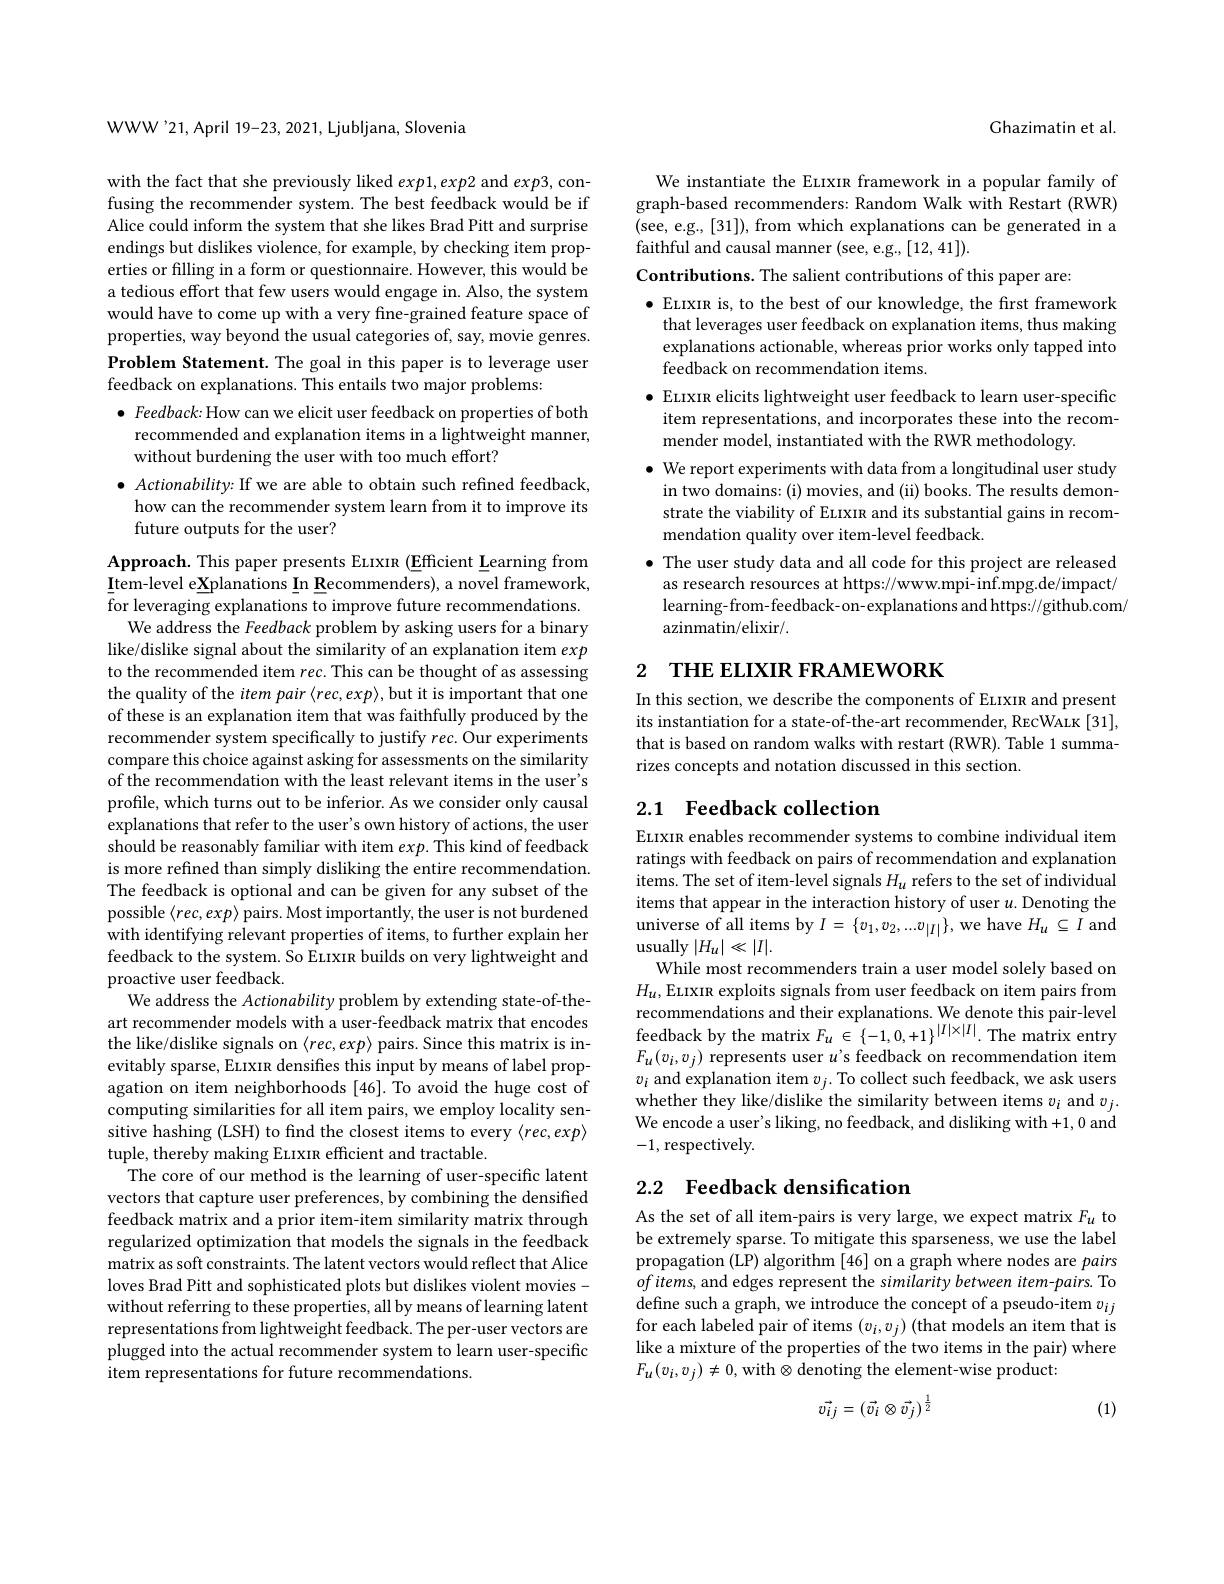
WWW'21, April 19-23, 2021, Ljubljana, Slovenia

with the fact that she previously liked $exp1,exp2$ and $exp3$,confusing the recommender system. The best feedback would be if Alice could inform the system that she likes Brad Pitt and surprise endings but dislikes violence, for example, by checking item properties or filling in a form or questionnaire. However, this would be a tedious effort that few users would engage in. Also, the system would have to come up with a very fine-grained feature space of properties, way beyond the usual categories of, say, movie genres. Problem Statement. The goal in this paper is to leverage user feedback on explanations. This entails two major problems:
$\bullet$ Feedback: How can we elicit user feedback on properties of both recommended and explanation items in a lightweight manner, without burdening the user with too much effort?
$\bullet$ Actionability: If we are able to obtain such refined feedback,
how can the recommender system learn from it to improve its
future outputs for the user?

Approach. This paper presents ELIXIR (Efficient Learning from $\underline{{\mathrm{Item-level~eXplanations~In~Recommenders),~a~novel~framework,}}}$ for leveraging explanations to improve future recommendations.
We address the Feedback problem by asking users for a binary like/dislike signal about the similarity of an explanation item exp to the recommended item rec. This can be thought of as assessing the quality of the item pair $\langle rec,exp\rangle$,but it is important that one of these is an explanation item that was faithfully produced by the recommender system specifically to justify rec. Our experiments compare this choice against asking for assessments on the similarity of the recommendation with the least relevant items in the user's profile, which turns out to be inferior. As we consider only causal explanations that refer to the user's own history of actions, the user should be reasonably familiar with item $exp.$ This kind of feedback is more refined than simply disliking the entire recommendation. The feedback is optional and can be given for any subset of the possible $\langle rec,exp\rangle$ pairs. Most importantly, the user is not burdened with identifying relevant properties of items, to further explain her feedback to the system. So Eurxın builds on very lightweight and proactive user feedback.
We address the Actionability problem by extending state-of-theart recommender models with a user-feedback matrix that encodes the like/dislike signals on $\langle rec,exp\rangle$ pairs. Since this matrix is inevitably sparse, ELIXIR densifies this input by means of label propagation on item neighborhoods [46]. To avoid the huge cost of computing similarities for all item pairs, we employ locality sensitive hashing (LSH) to find the closest items to every $\langle rec,exp\rangle$ tuple, thereby making ELIXIR efficient and tractable.
The core of our method is the learning of user-specific latent vectors that capture user preferences, by combining the densified feedback matrix and a prior item-item similarity matrix through regularized optimization that models the signals in the feedback matrix as soft constraints. The latent vectors would reflect that Alice loves Brad Pitt and sophisticated plots but dislikes violent movies - without referring to these properties, all by means of learning latent representations from lightweight feedback. The per-user vectors are plugged into the actual recommender system to learn user-specific item representations for future recommendations.

Ghazimatin et al.

We instantiate the Euxın framework in a popular family of graph-based recommenders: Random Walk with Restart (RWR) (see, e.g., [31]), from which explanations can be generated in a faithful and causal manner (see, e.g., [12, 41]).
Contributions. The salient contributions of this paper are:
$\bullet$ ELIXIR is, to the best of our knowledge, the first framework that leverages user feedback on explanation items, thus making explanations actionable, whereas prior works only tapped into feedback on recommendation items.
$\bullet$ Euxın elicits lightweight user feedback to learn user-specific item representations, and incorporates these into the recommender model, instantiated with the RWR methodology.
$\bullet$ We report experiments with data from a longitudinal user study
in two domains: (i) movies, and (ii) books. The results demonstrate the viability of ELIXIR and its substantial gains in recommendation quality over item-level feedback.
$\bullet$ The user study data and all code for this project are released as research resources at https://www.mpi-inf.mpg.de/impact/ learning-from-feedback-on-explanations and https://github.com/ azinmatin/elixir/.

## 2 ТНЕ ЕШХIR FRAМЕWORK

In this section, we describe the components of ELIXIR and present its instantiation for a state-of-the-art recommender, RECWALK [31], that is based on random walks with restart (RWR). Table 1 summarizes concepts and notation discussed in this section.

## 2.1 Feedback collection

Euxın enables recommender systems to combine individual item ratings with feedback on pairs of recommendation and explanation items. The set of item-level signals $H_u$ refers to the set of individual items that appear in the interaction history of user $u.$ Denoting the universe of all items by $I=\{v_1,v_2,...v_{|I|}\}$,we have $H_u\subseteq I$ and usually $|H_u|\ll|I|.$
While most recommenders train a user model solely based on $H_u$,ELIXIR exploits signals from user feedback on item pairs from recommendations and their explanations. We denote this pair-level feedback by the matrix $F_u\in\{-1,0,+1\}^{|I|\times|I|}.$ The matrix entry $F_u(v_i,v_j)$ represents user $u^\text{'s feedback on recommendation item}$ $v_{i}$ and explanation item $v_j.$ To collect such feedback, we ask users$w_{i}$ and explanation item $v_j.$To collect such feedback, we ask users$w_{i}$ whether they like/dislike the similarity between items $v_{i}$ and $v_{j}.$ We encode a user's liking, no feedback, and disliking with +1, 0 and -1,respectively.

# 2.2 Feedback densification

As the set of all item-pairs is very large, we expect matrix $F_u$ to be extremely sparse. To mitigate this sparseness, we use the label propagation (LP) algorithm [46] on a graph where nodes are pairs $ofitems$, and edges represent the similarity between item-pairs. To define such a graph, we introduce the concept of a pseudo-item $v_{ij}$ for each labeled pair of items $(v_i,v_j)$ (that models an item that is like a mixture of the properties of the two items in the pair) where $F_{u}(v_{i},v_{j})\neq0$, with$\otimes$denoting the element-wise product:

(1)
$$\vec{v_{ij}}=(\vec{v_{i}}\otimes\vec{v_{j}})^{\frac{1}{2}}$$